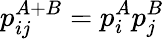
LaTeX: p_{ij}^{A+B}=p_{i}^{A}p_{j}^{B}